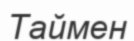
Таймен